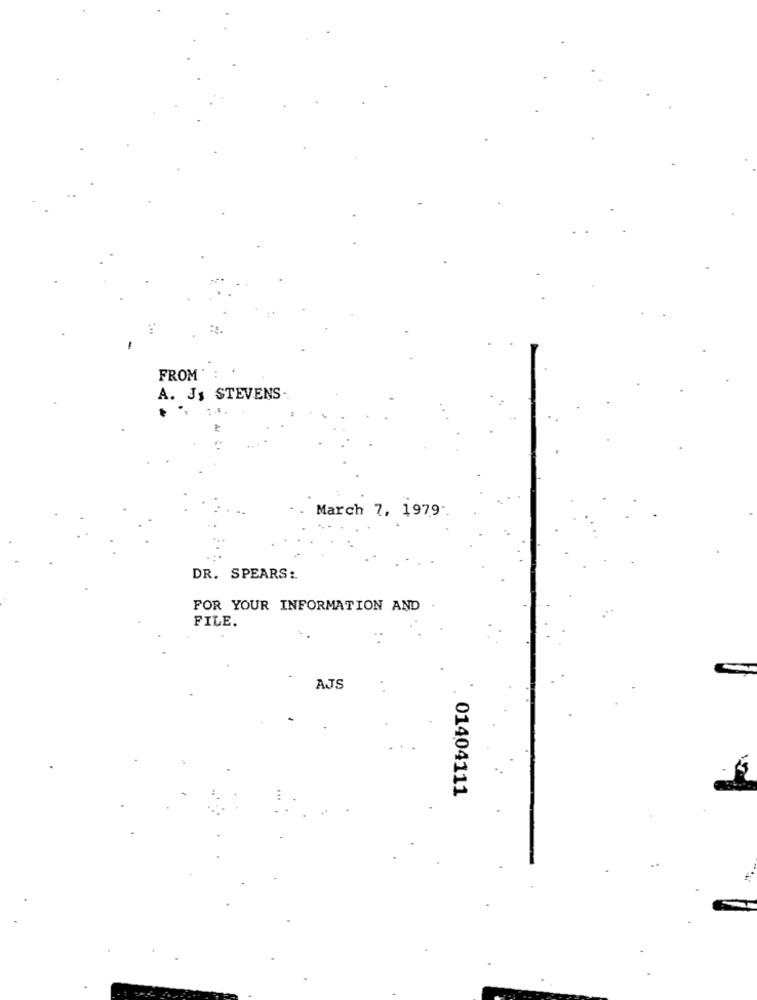
FROM'
A. J& STEVENS
March 7, 1979-
DR. SPEARS:
FOR YOUR INFORMATION AND
FILE.
AJS
01404111